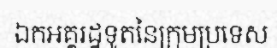
ឯកអគ្គរដ្ឋទូតនៃក្រុមប្រទេស